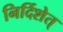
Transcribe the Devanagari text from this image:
निर्दिशेत्